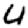
Digit: 4